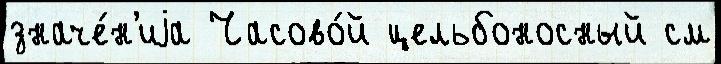
значе́н'иjа Часово́й цельбоносный см